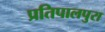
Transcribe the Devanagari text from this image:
प्रतिपालपुरा